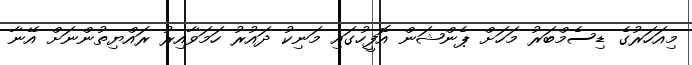
މިއަހަރުގެ ޑިސެމްބަރު މަހަށް ޕެންޝަން އޮފީހުގައި މަނިކު ދައުރު ހަމަވާއިރު ރައްޔިތުންނަށް އޭނާ